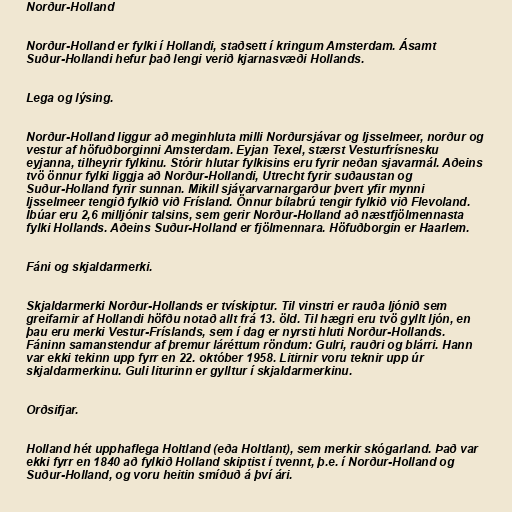
Norður-Holland

Norður-Holland er fylki í Hollandi, staðsett í kringum Amsterdam. Ásamt
Suður-Hollandi hefur það lengi verið kjarnasvæði Hollands.

Lega og lýsing.

Norður-Holland liggur að meginhluta milli Norðursjávar og Ijsselmeer, norður og
vestur af höfuðborginni Amsterdam. Eyjan Texel, stærst Vesturfrísnesku
eyjanna, tilheyrir fylkinu. Stórir hlutar fylkisins eru fyrir neðan sjavarmál. Aðeins
tvö önnur fylki liggja að Norður-Hollandi, Utrecht fyrir suðaustan og
Suður-Holland fyrir sunnan. Mikill sjávarvarnargarður þvert yfir mynni
Ijsselmeer tengið fylkið við Frísland. Önnur bílabrú tengir fylkið við Flevoland.
Íbúar eru 2,6 milljónir talsins, sem gerir Norður-Holland að næstfjölmennasta
fylki Hollands. Aðeins Suður-Holland er fjölmennara. Höfuðborgin er Haarlem.

Fáni og skjaldarmerki.

Skjaldarmerki Norður-Hollands er tvískiptur. Til vinstri er rauða ljónið sem
greifarnir af Hollandi höfðu notað allt frá 13. öld. Til hægri eru tvö gyllt ljón, en
þau eru merki Vestur-Fríslands, sem í dag er nyrsti hluti Norður-Hollands.
Fáninn samanstendur af þremur láréttum röndum: Gulri, rauðri og blárri. Hann
var ekki tekinn upp fyrr en 22. október 1958. Litirnir voru teknir upp úr
skjaldarmerkinu. Guli liturinn er gylltur í skjaldarmerkinu.

Orðsifjar.

Holland hét upphaflega Holtland (eða Holtlant), sem merkir skógarland. Það var
ekki fyrr en 1840 að fylkið Holland skiptist í tvennt, þ.e. í Norður-Holland og
Suður-Holland, og voru heitin smíðuð á því ári.